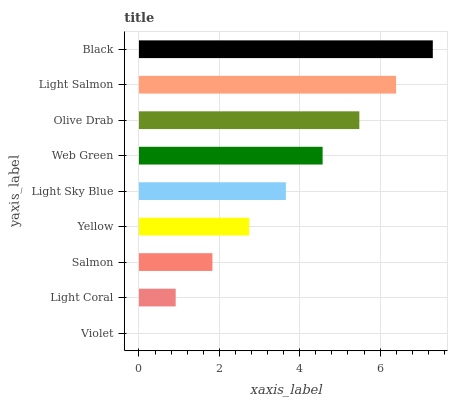
| yaxis_label | bars |
 | --- | --- |
 | Violet | 0 |
 | Light Coral | 0.914 |
 | Salmon | 1.83 |
 | Yellow | 2.74 |
 | Light Sky Blue | 3.66 |
 | Web Green | 4.57 |
 | Olive Drab | 5.48 |
 | Light Salmon | 6.4 |
 | Black | 7.31 |